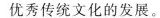
优秀传统文化的发展。